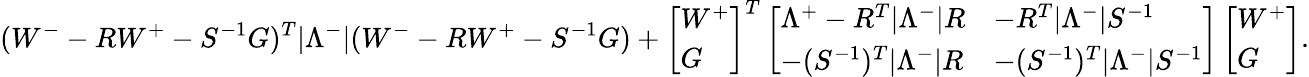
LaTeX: (W^{-}-RW^{+}-S^{-1}G)^{T}|\Lambda^{-}|(W^{-}-RW^{+}-S^{-1}G)+\left[\begin{array}{l}{W^{+}}\\ {G}\end{array}\right]^{T}\left[\begin{array}{ll}{\Lambda^{+}-R^{T}|\Lambda^{-}|R}&{-R^{T}|\Lambda^{-}|S^{-1}}\\ {-(S^{-1})^{T}|\Lambda^{-}|R}&{-(S^{-1})^{T}|\Lambda^{-}|S^{-1}}\end{array}\right]\left[\begin{array}{l}{W^{+}}\\ {G}\end{array}\right].